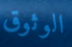
الوثوق